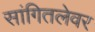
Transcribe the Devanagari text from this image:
सांगितलेवर